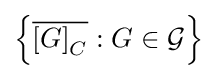
\left\{{\overline {\left[G\right]_{C}}}:G\in {\mathcal {G}}\right\}